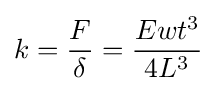
k={\frac {F}{\delta }}={\frac {Ewt^{3}}{4L^{3}}}